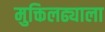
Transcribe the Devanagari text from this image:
मुक्तिलढ्याला